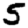
Digit: 5